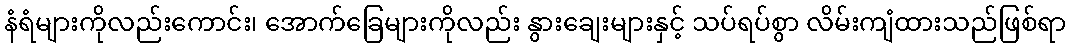
နံရံများကိုလည်းကောင်း၊ အောက်ခြေများကိုလည်း နွားချေးများနှင့် သပ်ရပ်စွာ လိမ်းကျံထားသည်ဖြစ်ရာ